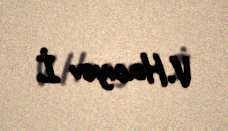
V.Hacıyev İ.